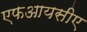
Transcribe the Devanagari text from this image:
एफआयसीए